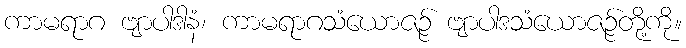
ကာမရာဂ ဗျာပါဒါနံ၊ ကာမရာဂသံယောဇဉ် ဗျာပါဒသံယောဇဉ်တို့ကို။